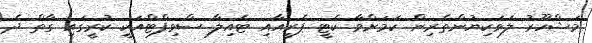
މަޝްހޫރު ލަވަކިޔުންތެރިން ކަމަށްވާ ކެޓީ ޕެރީއާއި ޓެއިލާ ސްވިފްޓްއަކީ ކުރީގައި ގާތް ދެ